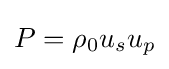
P=\rho _{0}u_{s}u_{p}